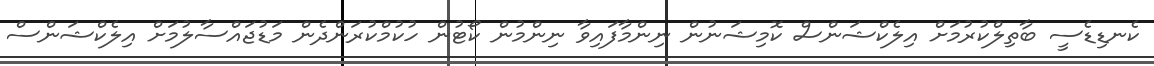
ކެނޑިޑެސީ ބާތިލްކުރުމަށް އިލެކްޝަންސް ކޮމިޝަނުން ނިންމާފައިވާ ނިންމުން ކޯޓުން ހުކުމްކުރަންދެން މަޑުޖައްސާލުމަށް އިލެކްޝަންސް